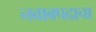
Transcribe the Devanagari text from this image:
नवाबपदाचा